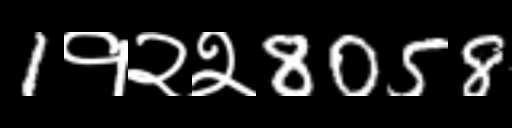
Text: 1१२२8058